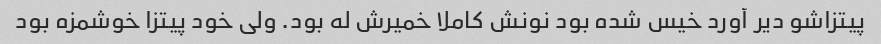
پیتزاشو دیر آورد خیس شده بود نونش کاملا خمیرش له بود. ولی خود پیتزا خوشمزه بود